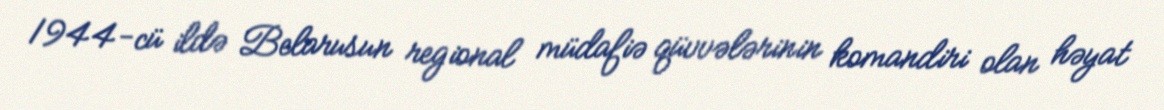
1944-cü ildə Belarusun regional müdafiə qüvvələrinin komandiri olan həyat